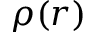
\rho ( r )